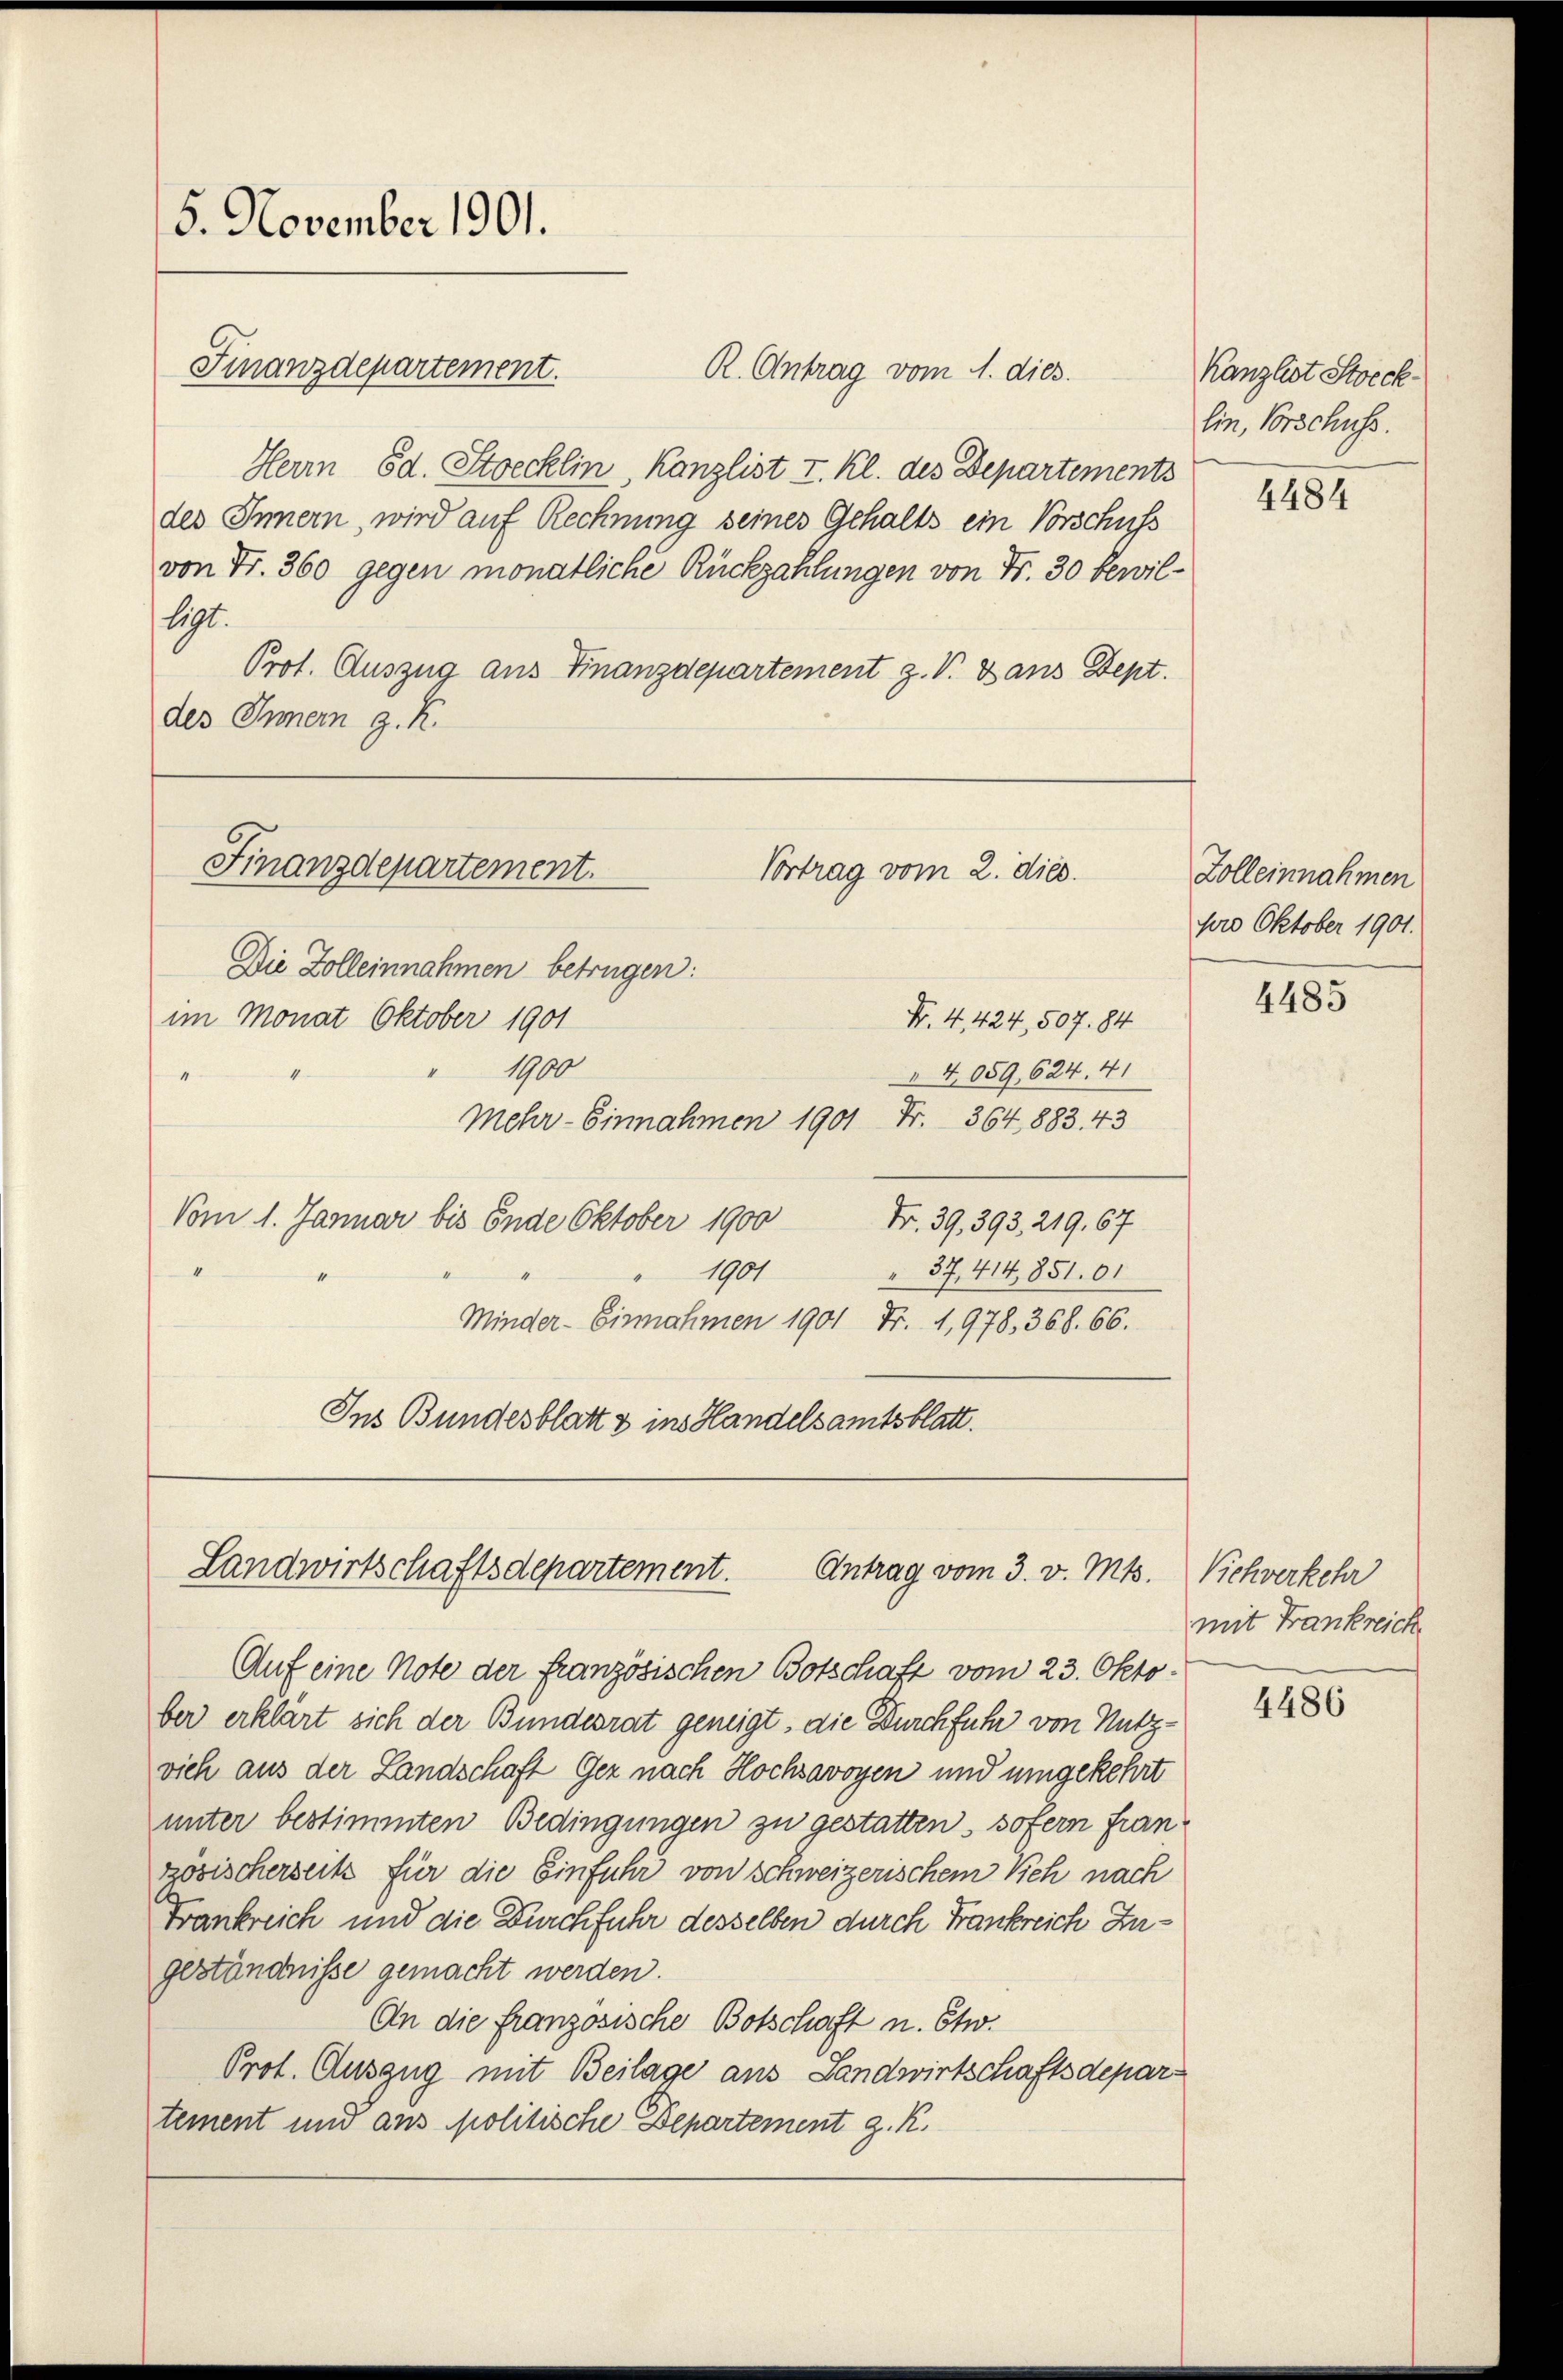
5. November 1901.

Finanzdepartement.

Finanzdepartement.
Vortrag vom 2. dies.

Die Zolleinnahmen betrügen:
im Monat Oktober 1901
Nr. 4, 424, 507. 84
1900
“
"4059, 624. 41
Mehr-Einnahmen 1901 Fr. 364. 1883. 43
Vom 1. Januar bis Ende Oktober 1900
Nr. 39, 393. 219, 67
1901
 37, 414,851. 61
Minder-Einnahmen 1901 Fr. 1,978, 368. 66.
Ins Bundesblatt & ins Handelsamtsblatt.

Landwirtschaftsdepartement.
Antrag vom 3. v. Mts. Vichverkehr

Auf eine Note der französischen Botschaft vom 23. Oktober erklärt sich der Bundesrat geneigt, die Durchfuhr von Nutzvich aus der Landschaft Ger nach Hochsavoyen und umgekehrt
unter bestimmten Bedingungen zu gestatten, sofern französischerseck für die Einfuhr von schweizerischem Keh nach
Frankreich und die Durchfuhr desselben durch Frankreich Zugeständnisse gemacht werden.
An die französische Botschaft u. Etw.
Prot. Auszug mit Beilage aus Landwirtschaftsdepartement und aus politische Departement g. K.

R. Antrag vom 1. dies
Herrn Ed. Strecklin, Kanzlist I. Kl. des Departements
des Innern, wird auf Rechnung seines Gehalts ein Vorschuss
von Fr. 360 gegen monatliche Rückzahlungen von Fr. 30 bewil¬
191.
Prof. Auszug aus Finanzdepartement z. V. Dans Dept.
des Innern z. R.

Kanzlist Streck
lin, Vorschuss.
4484

Zolleinnahmen
pro Oktober 1901.

4485

mit Frankreich

4486